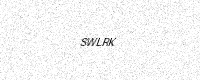
Text: SWLRK